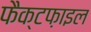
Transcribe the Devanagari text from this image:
फैक्टफ़ाइल